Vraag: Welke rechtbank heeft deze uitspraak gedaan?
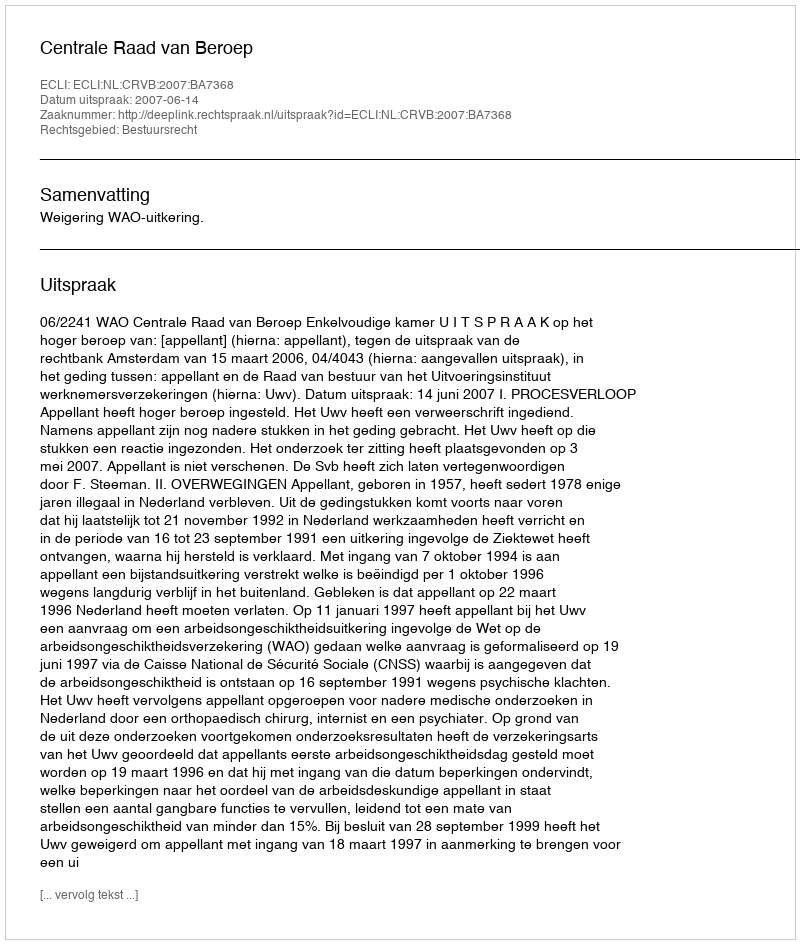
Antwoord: Centrale Raad van Beroep